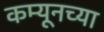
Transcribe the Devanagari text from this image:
कम्यूनच्या